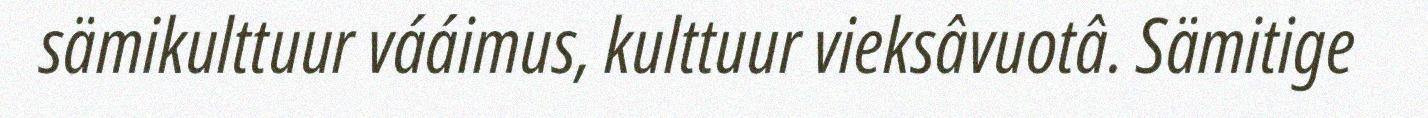
sämikulttuur vááimus, kulttuur vieksâvuotâ. Sämitige